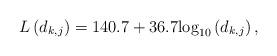
LaTeX: \begin{align*}L\left(d_{k,j}\right)=140.7 + 36.7{\log _{10}}\left( {{d_{{{k,j}}}}} \right),\end{align*}